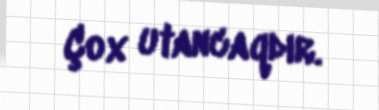
Çox utancaqdır.